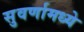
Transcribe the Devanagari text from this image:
सुवर्णामध्ये